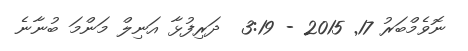
ނޮވެމްބަރު 17